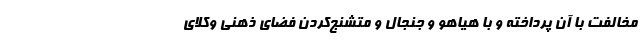
مخالفت با آن پرداخته و با هیاهو و جنجال و متشنج‌کردن فضای ذهنی وکلای